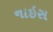
નાઇસ